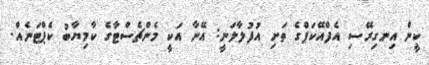
ކީން އިނގިރޭސި އެފްއޭކަޕްގެ ތަށި އުފުލާލަނީ: އޭނާ އަކީ މެންޗެސްޓާގެ ކާމިޔާބު ކެޕްޓަނެއް.